Vaccination report Assam 1896-1927 - 1896-1927
Year: 1896
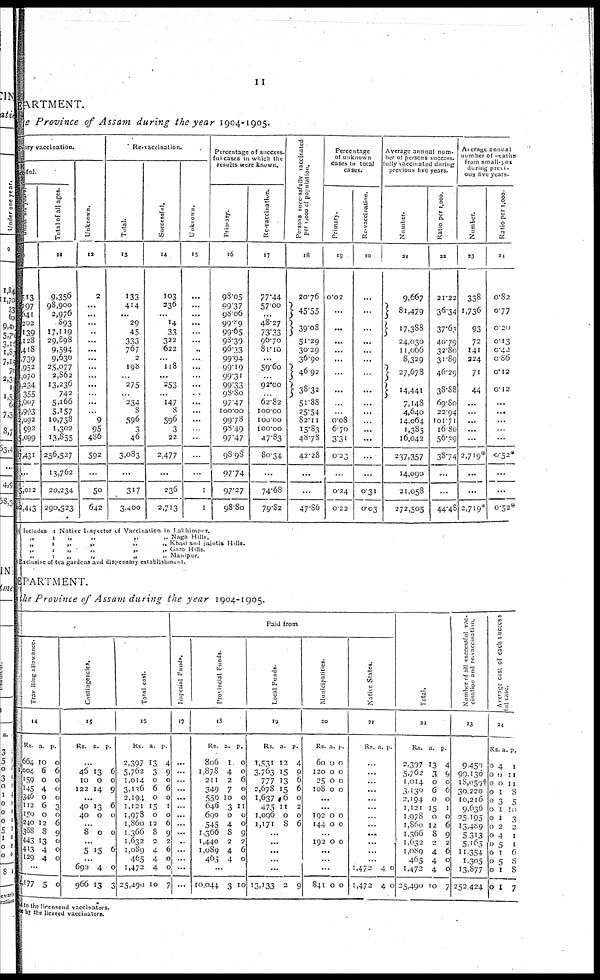
11
DEPARTMENT.
e Province of Assam during the year 1904-1905.
iry vaccination.
ful.
Under 5th years.
0
513
197
641
202
139
128
418
739
952
070
234
355
3,607
2,993
2,092
592
5,099
137,431
...
15,012
502,443
Total of all ages.
11
9,356
98,900
2,976
893
17,119
29,898
9,594
9,630
25,077
2,862
13,236
742
5,166
5,157
10,758
1,302
13,855
256,527
13,762
20,234
290,523
Re-vaccination.
Unknown.
12
2
...
...
...
..
...
...
...
...
...
...
...
...
...
9
95
486
592
...
50
642
Total.
13
133
414
...
29
45
333
767
2
198
...
275
...
234
8
596
3
46
3,083
...
317
3,400
Successful.
14
103
236
...
14
33
322
622
...
118
...
253
...
147
8
596
3
22
2,477
...
236
2,713
Unknown.
15
...
...
...
...
...
...
..
...
...
...
...
..
...
...
...
...
..
...
...
1
1
Percentage of success-
ful cases in which the
results were known.
Primary.
16
98.05
99.37
98.06
99.89
99.65
98.39
96.33
99.94
99.19
99.31
99.33
98.80
97.47
100.00
99.78
98.49
97.47
98.98
97.74
97.27
98.80
Re-vaccination.
17
77.44
57.00
...
48.27
73.33
96.70
81.10
...
59.60
...
92.00
.
62.82
100.00
100.00
100.00
47.83
80.34
...
74.68
79.82
Persons successfully vaccinated
per 1,000 of population.
18
20.76
45.55
39.08
51.29
30.29
36.90
46.92
38.32
51.88
25.54
82.11
15.83
48.78
42.28
...
...
47.86
Percentage
of unknown
cases to total
cases.
Re-vaccination.
19
0.02
...
...
...
...
...
...
...
...
...
0.08
6.70
3.31
0.23
...
0.24
0.22
20
...
...
...
...
...
...
...
...
...
...
...
...
...
...
...
0.31
0.03
Average annual num-
ber of persons success-
fully vaccinated during
previous five years.
Number.
21
9,667
81,479
17,388
24,030
11,066
8,329
27,678
14,441
7,148
4,640
14,064
1,385
16,042
237,357
14,090
21,058
272,505
Ratio per 1,000.
22
21.22
36.34
37.63
40.79
32.80
31.89
46.29
38.88
69.80
22.94
101.71
16.80
56.39
38.74
...
...
44.48
Average annual
number of deaths
from small-pox
during previ-
ous five years.
Number.
Ratio per 1,000.
23
338
1,736
93
72
141
324
71
44
...
...
...
...
...
2,719*
...
...
2,719*
24
0.82
0.77
0.20
0.13
0.42
0.86
0.12
0.12
...
...
...
...
...
0.52*
...
...
0.52*
(c)Includes 1 Native Inspector of Vaccination in Lakhimpur.
„
1 „
„
„
„ Naga Hills.
„
1 „
„
„
„ Khasi and Jaintia Hills.
„
1 „
„
„
„
Garo Hills.
„
1 „
„
„
„ Manipur.
† Exclusive of tea gardens and dispensary establishment.
DEPARTMENT.
in the Province of Assam during the year 1904-1905.
Paid from
Travelling allowance.
14
Rs
664
004
159
145
346
112
150
240
368
443
413
129
a
10
6
0
4
0
6
0
12
8
13
4
4
p.
0
6
0
0
0
3
0
6
9
0
0
0
...
4,177 5 0
Contingencies.
15
Rs. a. p.
...
46
10
122
13
0
14
6
0
9
...
40
40
13
0
6
0
...
8 0 0
...
5 15 6
...
692
966
4
13
0
3
Total cost.
16
Rs.
2,397
5,762
1,014
3,136
2,194
1,121
1,978
1,860
1,366
1,632
1,089
465
1,472
25,490
a.
13
3
0
6
0
15
0
12
8
2
4
4
4
10
p.
4
9
0
6
0
1
0
6
9
2
6
0
0
7
Imperial Fund..
17
...
...
...
...
...
...
...
...
...
..
...
...
...
...
Provincial Funds.
18
Rs.
806
1,878
211
349
550
646
690
545
1,366
1,440
1,089
465
a.
1
4
2
7
10
3
0
4
8
2
4
4
p.
0
0
6
0
0
11
0
0
9
2
6
0
...
10,044 3 10
Local Funds.
19
Rs.
1,531
3,763
777
2,678
1,637
475
1,096
1,171
a.
12
15
13
15
6
11
0
8
p.
4
9
6
6
0
2
0
6
...
...
...
...
...
13,133 2 9
Municipalities.
20
Rs.
60
120
25
108
a.
0
0
0
0
p.
0
0
0
0
...
...
192
144
0
0
0
0
...
192 0 0
...
...
...
841 0 0
Native States.
21
Rs. a. p.
...
...
...
...
...
...
...
...
...
...
...
...
1,472
1,472
4
4
0
0
Total.
22
Rs.
2,307
5,762
1,014
3,130
2,194
1,121
1,978
1,860
1,366
1,632
1,089
465
1,472
25,490
a.
13
3
0
6
0
15
0
12
8
2
4
4
4
10
p
4
9
0
6
0
1
0
6
9
2
6
0
0
7
Number of all successful vac-
cination and re-vaccination.
23
9,459
99,130
18,09†
30,220
10,216
9,630
25,195
13,489
5,313
5,165
11,354
1,305
13,877
252,424
Average cost of each success
ful case.
24
Rs.
0
0
0
0
0
0
0
0
0
0
0
0
0
0
a.
4
0
0
1
3
1
1
2
4
5
1
5
1
1
p.
1
11
11
8
5
10
3
2
1
1
6
8
8
7
d to the licensend vaccinators.
æ by the licesed vaccinators.